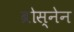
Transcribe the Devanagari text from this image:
ब्रोस्नेन